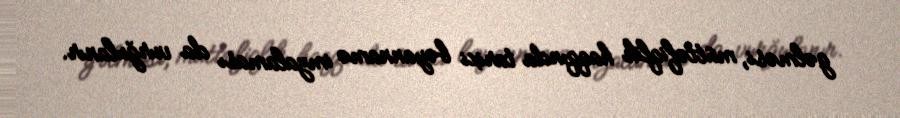
gəlməsi, müttəfiqlik haqqında tarixi bəyannamə imzalaması da vurğulanır.